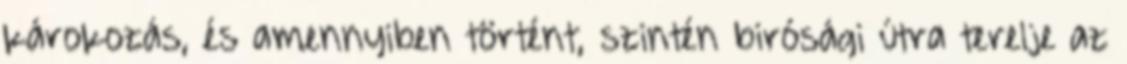
károkozás, és amennyiben történt, szintén birósági útra terelje az